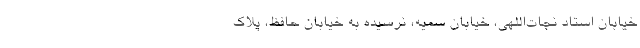
خیابان استاد نجات‌اللهی، خیابان سمیه، نرسیده به خیابان حافظ، پلاک